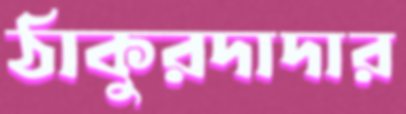
ঠাকুরদাদার